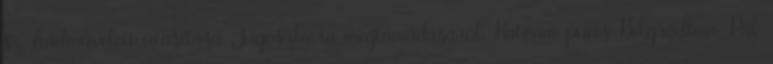
sz. hadmûveleti utasítása Jugoszlávia megtámadásáról. Katonai puccs Belgrádban. Pál